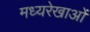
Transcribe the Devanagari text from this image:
मध्यरेखाओं